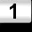
Digit: 1